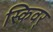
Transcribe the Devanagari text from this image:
स्किवर्